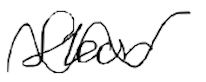
Text: floor
Cross-out: wave
Writing tool: digital_black